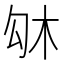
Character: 𠣛